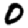
Digit: 0